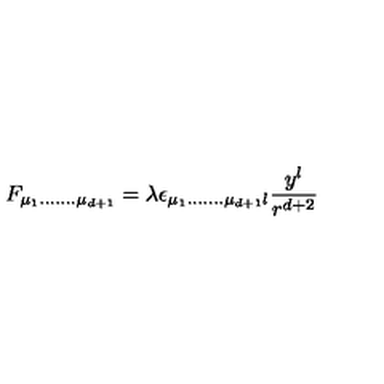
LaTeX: F _ { \mu _ { 1 } . . . . . . . \mu _ { d + 1 } } = \lambda \epsilon _ { \mu _ { 1 } . . . . . . . \mu _ { d + 1 } l } \frac { y ^ { l } } { r ^ { d + 2 } }